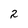
Character: 2